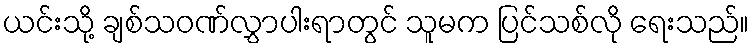
ယင်းသို့ ချစ်သဝဏ်လွှာပါးရာတွင် သူမက ပြင်သစ်လို ရေးသည်။